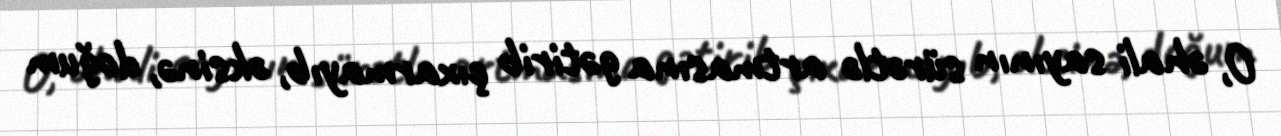
O, əhali sayının sürətlə artmasına gətirib çıxarmayıb, əksinə, doğum